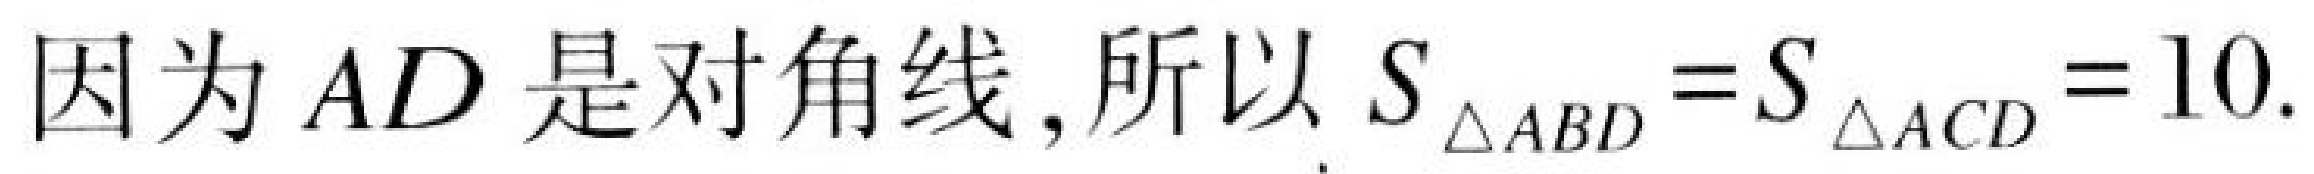
因为\(AD\)是对角线,所以\(S_{\triangle ABD}=S_{\triangle ACD}=10\).